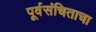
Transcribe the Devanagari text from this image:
पूर्वसंचिताचा